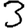
Digit: 3